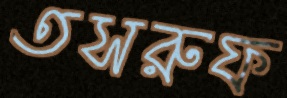
তসরুফ